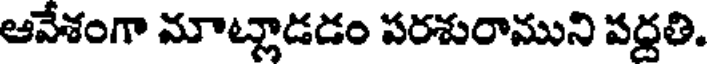
ఆవేశంగా మాట్లాడడం పరశురాముని పద్దతి.